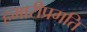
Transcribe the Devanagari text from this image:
हमारीप्रगति